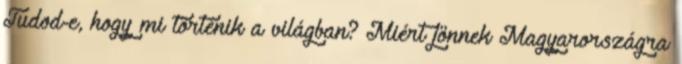
Tudod-e, hogy mi történik a világban? Miért jönnek Magyarországra